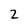
Character: 2